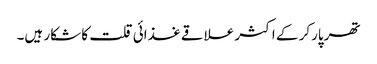
تھرپارکر کے اکثر علاقے غذائی قلت کا شکار ہیں۔